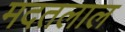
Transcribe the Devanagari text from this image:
मदतलाल